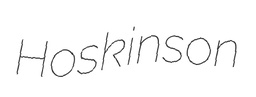
Hoskinson